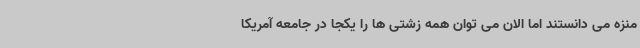
منزه می دانستند اما الان می توان همه زشتی ها را یکجا در جامعه آمریکا